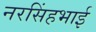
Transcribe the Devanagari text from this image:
नरसिंहभाई